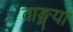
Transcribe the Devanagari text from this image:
वाङ्मया